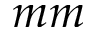
m m